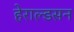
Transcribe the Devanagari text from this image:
हेराल्डसन